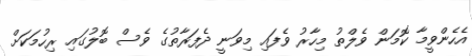
އެހެންވީމާ ކޮމަން ވެލްތު މިހާރު ވެފައި މިވަނީ ދެފަރާތުގެ ވެސް ބޮލުގައި ރިހުމަކަށް